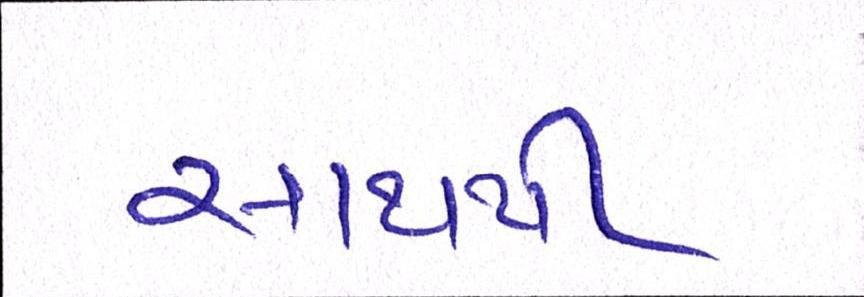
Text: સાથથી